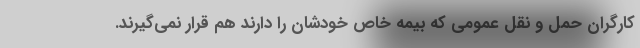
کارگران حمل و نقل عمومی که بیمه خاص خودشان را دارند هم قرار نمی‌گیرند.